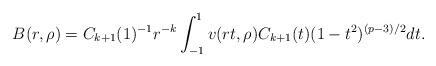
LaTeX: \begin{align*}B(r,\rho)=C_{k+1}(1)^{-1}r^{-k}\int_{-1}^1v(rt,\rho)C_{k+1}(t)(1-t^2)^{(p-3)/2}dt.\end{align*}